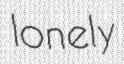
lonely